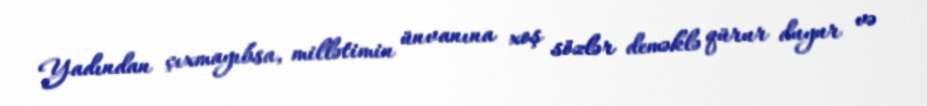
Yadından çıxmayıbsa, millətimin ünvanına xoş sözlər deməklə qürur duyur və